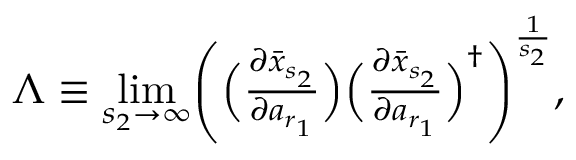
\begin{array} { r } { \Lambda \equiv \underset { s _ { 2 } \rightarrow \infty } { \operatorname* { l i m } } \Biggl ( \Bigl ( \frac { \partial \bar { x } _ { s _ { 2 } } } { \partial a _ { r _ { 1 } } } \Bigr ) \Bigl ( \frac { \partial \bar { x } _ { s _ { 2 } } } { \partial a _ { r _ { 1 } } } \Bigr ) ^ { \dagger } \Biggr ) ^ { \frac { 1 } { s _ { 2 } } } , } \end{array}